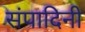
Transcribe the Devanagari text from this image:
संपादिनी